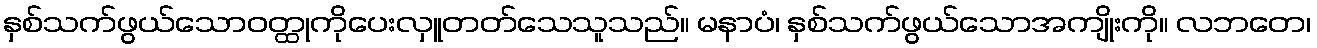
နှစ်သက်ဖွယ်သောဝတ္ထုကိုပေးလှူတတ်သေသူသည်။ မနာပံ၊ နှစ်သက်ဖွယ်သောအကျိုးကို။ လဘတေ၊